Civil Veterinary Dept. North-West Frontier Province 1901-22 - 1901-1922
Year: 1901
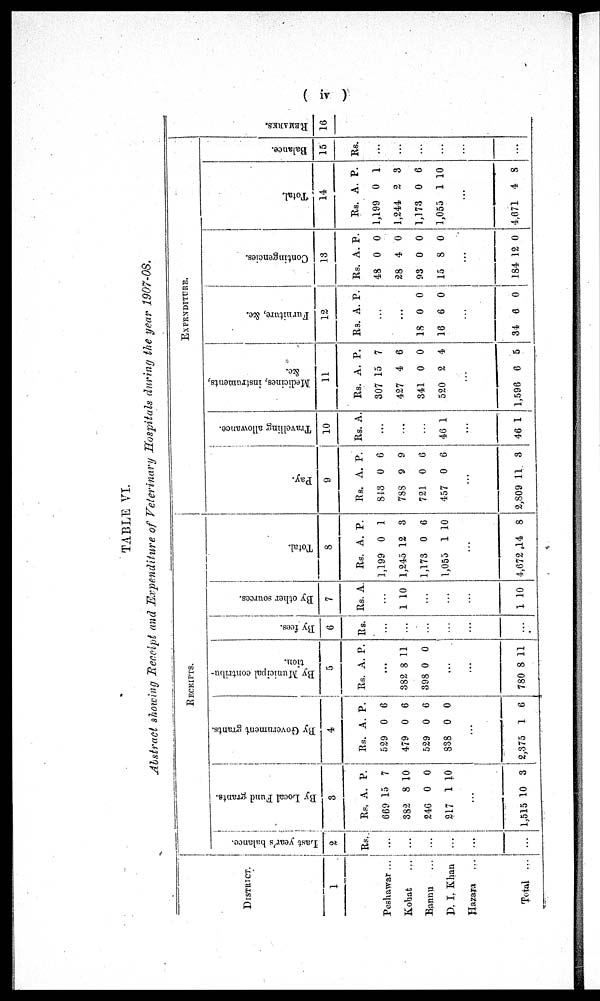
(iv)
TABLE VI.
Abstract showing Receipt and Expenditure of Veterinary Hospitals during the year 1907-08.
DISTRICT.
1
Peshawar ...
Kohat ...
Bannu ...
D. I. Khan
Hazara ...
Total ...
RECEIPTS.
Last year's balance.
2
Rs.
...
...
...
...
...
...
By Local Fund grants.
3
Rs.
669
382
246
217
...
1,515
A.
15
8
0
1
10
P.
7
10
0
10
3
By Go v e r
n me n t grants.
4
Rs.
529
479
529
838
...
2,375
A.
0
0
0
0
1
P.
6
6
6
0
6
By Municipal contribu-
tion.
5
Rs.
...
382
398
...
...
780
A.
8
0
8
P.
11
0
11
By fees.
6
Rs.
...
...
...
...
...
...
By ot her s our ces .
7
Rs
..
1
...
...
1
. A.
.
10
10
Tot al .
8
Rs.
1,199
1,245
1,173
1,055
...
4,672
A.
0
12
0
1
14
P.
1
3
6
10
8
EXPENDITURE.
Pay.
9
Rs.
843
788
721
457
..
2,809
A.
0
9
0
0
.
11
P.
6
9
6
6
3
Tr avel l
i
ng allowance.
10
Rs.
...
...
...
46
...
46
A.
1
1
Medicines, i
ns t
r ument s ,
&c.
11
Rs.
307
427
341
520
...
1,596
A.
15
4
0
2
6
P.
7
6
0
4
5
Furniture, &c.
12
Rs.
...
...
18
16
...
34
A.
0
6
6
P.
0
0
0
Contingencies.
13
Rs.
43
28
93
15
.
184
A.
0
4
0
8
..
12
P.
0
0
0
0
0
Tot al
14
Rs.
1,199
1,244
1,173
1,055
...
4,671
A.
0
2
0
1
4
P.
1
3
6
10
8
Balance.
15
Rs.
...
...
...
...
...
...
REMARKS.
16